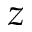
z